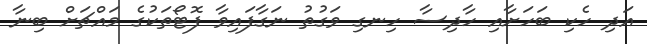
އަދި ހެކި ބަހަށާއި ހާދިސާ ހިނގި ވަގުތު ނަގާފައިވާ ފޮޓޯތަކުގެ މައްޗަށް ބިނާ